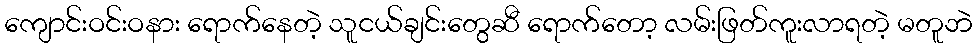
ကျောင်းဝင်းဝနား ရောက်နေတဲ့ သူငယ်ချင်းတွေဆီ ရောက်တော့ လမ်းဖြတ်ကူးလာရတဲ့ မတူဘဲ